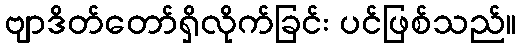
ဗျာဒိတ်တော်ရှိလိုက်ခြင်း ပင်ဖြစ်သည်။